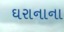
ઘરાનાના